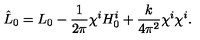
\hat { L } _ { 0 } = L _ { 0 } - \frac { 1 } { 2 \pi } \chi ^ { i } H _ { 0 } ^ { i } + \frac { k } { 4 \pi ^ { 2 } } \chi ^ { i } \chi ^ { i } .